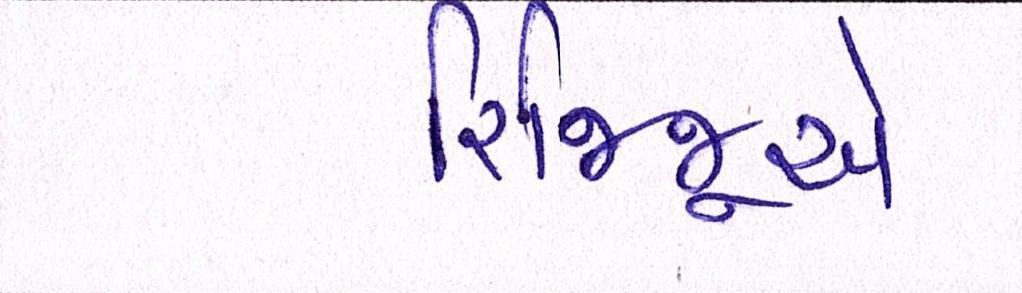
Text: રિજિજૂએ